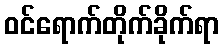
ဝင်ရောက်တိုက်ခိုက်ရာ